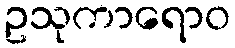
ဥသုကာရောဝ